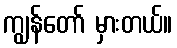
ကျွန်တော် မှားတယ်။